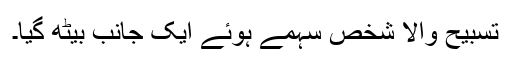
تسبیح والا شخص سہمے ہوئے ایک جانب بیٹھ گیا۔